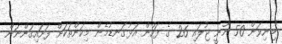
"މިނިވަން 50 ނޫނީ ޖުލައި 26 ގެ ފަހުން އަޅުގަނޑުމެން މިކަންތަކަށް ފަށައިގަންނަން